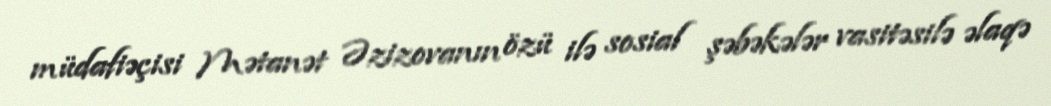
müdafiəçisi Mətanət Əzizovanın özü ilə sosial şəbəkələr vasitəsilə əlaqə